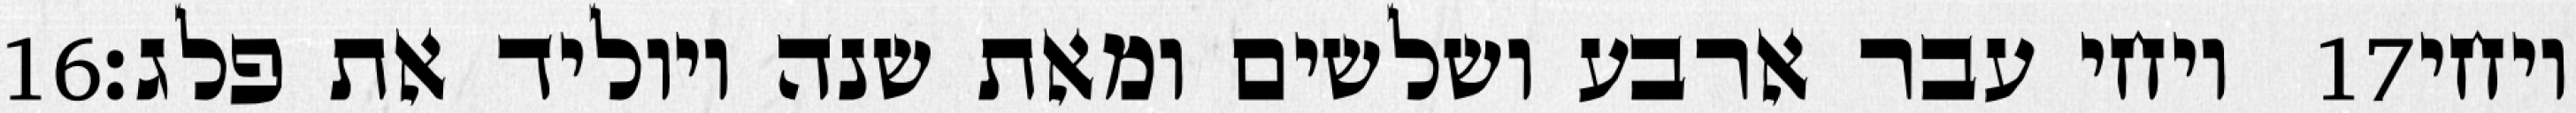
‎16‏ ויחי עבר ארבע ושלשים ומאת שנה ויוליד את פלג׃ ‎17‏ ויחי